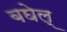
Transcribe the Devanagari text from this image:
बघेल्